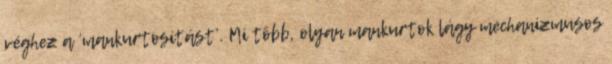
véghez a ‘mankurtosí­tást’. Mi több, olyan mankurtok lágy mechanizmusos